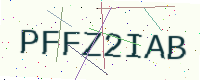
Text: PFFZ2IAB